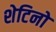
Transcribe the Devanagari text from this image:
शेटिनो